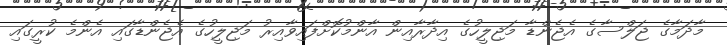
މާދަމާގެ ޖަލްސާގެ އެޖެންޑާ މަޖިލީހުގެ އިދާރާއިން އާންމުކޮށްފައިވާއިރު މަޖިލީހުގެ އެޖެންޑާގައި އެންމެ ކުރީގައި